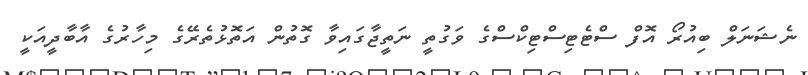
ނެޝަނަލް ބިއުރޯ އޮފް ސްޓެޓިސްޓިކްސްގެ ވަގުތީ ނަތީޖާގައިވާ ގޮތުން އަތޮޅުތެރޭގެ މިހާރުގެ އާބާދީއަކީ